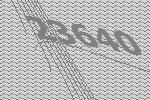
23640